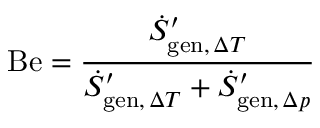
\mathrm { B e } = { \frac { { \dot { S } } _ { \mathrm { g e n } , \, \Delta T } ^ { \prime } } { { \dot { S } } _ { \mathrm { g e n } , \, \Delta T } ^ { \prime } + { \dot { S } } _ { \mathrm { g e n } , \, \Delta p } ^ { \prime } } }